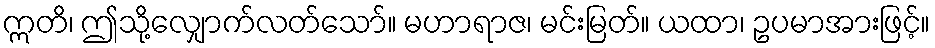
ဣတိ၊ ဤသို့လျှောက်လတ်သော်။ မဟာရာဇ၊ မင်းမြတ်။ ယထာ၊ ဥပမာအားဖြင့်။